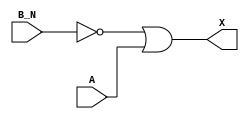
/*
 * Copyright 2020 The SkyWater PDK Authors
 *
 * Licensed under the Apache License, Version 2.0 (the "License");
 * you may not use this file except in compliance with the License.
 * You may obtain a copy of the License at
 *
 *     https://www.apache.org/licenses/LICENSE-2.0
 *
 * Unless required by applicable law or agreed to in writing, software
 * distributed under the License is distributed on an "AS IS" BASIS,
 * WITHOUT WARRANTIES OR CONDITIONS OF ANY KIND, either express or implied.
 * See the License for the specific language governing permissions and
 * limitations under the License.
 *
 * SPDX-License-Identifier: Apache-2.0
*/


`ifndef SKY130_FD_SC_HDLL__OR2B_BEHAVIORAL_V
`define SKY130_FD_SC_HDLL__OR2B_BEHAVIORAL_V

/**
 * or2b: 2-input OR, first input inverted.
 *
 * Verilog simulation functional model.
 */

`timescale 1ns / 1ps
`default_nettype none

`celldefine
module sky130_fd_sc_hdll__or2b (
    X  ,
    A  ,
    B_N
);

    // Module ports
    output X  ;
    input  A  ;
    input  B_N;

    // Module supplies
    supply1 VPWR;
    supply0 VGND;
    supply1 VPB ;
    supply0 VNB ;

    // Local signals
    wire not0_out ;
    wire or0_out_X;

    //  Name  Output     Other arguments
    not not0 (not0_out , B_N            );
    or  or0  (or0_out_X, not0_out, A    );
    buf buf0 (X        , or0_out_X      );

endmodule
`endcelldefine

`default_nettype wire
`endif  // SKY130_FD_SC_HDLL__OR2B_BEHAVIORAL_V